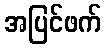
အပြင်ဖက်